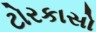
ટોરકાસો